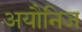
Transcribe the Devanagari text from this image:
अयौनिज